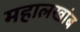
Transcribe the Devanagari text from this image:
महालखांब